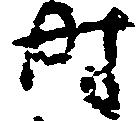
時